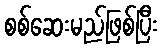
စစ်ဆေးမည်ဖြစ်ပြီး